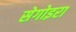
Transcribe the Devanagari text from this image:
सेगोइरा